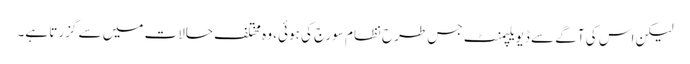
لیکن اس کی آگے سے ڈیویلپمنٹ جس طرح نظام سورج کی ہوئی، وہ مختلف حالات میں سے گزرتا ہے۔